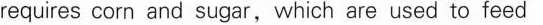
requires corn and sugar,which are used to feed